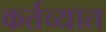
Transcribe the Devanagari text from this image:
कर्तव्यात